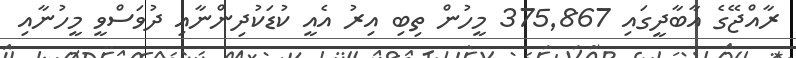
ރާއްޖޭގެ އާބާދީގައި 375